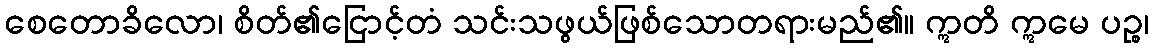
စေတောခိလော၊ စိတ်၏ငြောင့်တံ သင်းသဖွယ်ဖြစ်သောတရားမည်၏။ ဣတိ ဣမေ ပဉ္စ၊